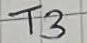
Text: T3